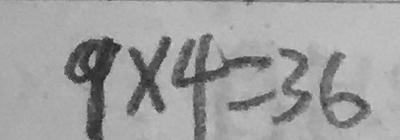
9 \times 4 = 3 6